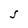
Character: S